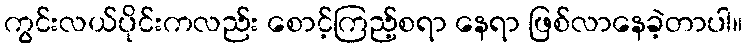
ကွင်းလယ်ပိုင်းကလည်း စောင့်ကြည့်စရာ နေရာ ဖြစ်လာနေခဲ့တာပါ။